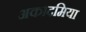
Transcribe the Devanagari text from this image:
अकादमिया